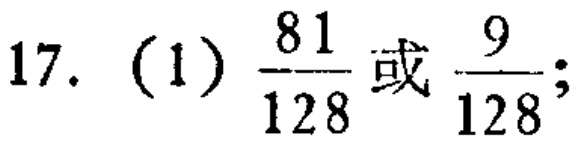
17. (1) $\frac{81}{128}$或$\frac{9}{128}$;